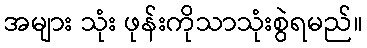
အများ သုံး ဖုန်းကိုသာသုံးစွဲရမည်။